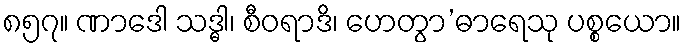
၈၅၇။ ဏာဒေါ သဒ္ဓါ၊ စီဝရာဒိ၊ ဟေတွာ’ဓာရေသု ပစ္စယော။